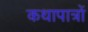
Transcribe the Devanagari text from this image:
कथापात्रों